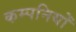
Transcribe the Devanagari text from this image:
कम्पनियोँ